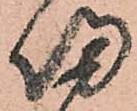
帰